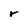
Character: r